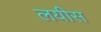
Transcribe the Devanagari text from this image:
लयीस